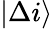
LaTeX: \lvert\Delta i\rangle